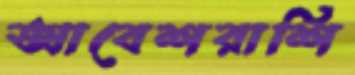
আবেশরাশি